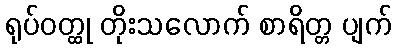
ရုပ်ဝတ္ထု တိုးသလောက် စာရိတ္တ ပျက်